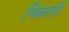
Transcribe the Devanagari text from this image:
मिळली